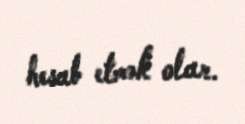
hesab etmək olar.